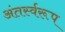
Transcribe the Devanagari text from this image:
अंतर्स्वरूप